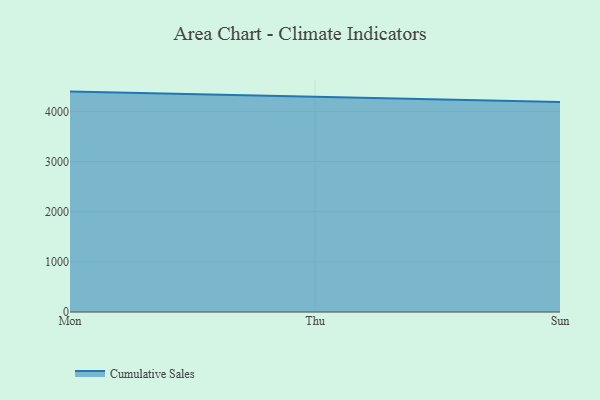
{"axis": {"x": "Day", "y": "Population (Million)"}, "legend": ["Cumulative Sales"], "data": [{"x": "Mon", "y": 4394.3, "type": "Cumulative Sales"}, {"x": "Thu", "y": 4292.3, "type": "Cumulative Sales"}, {"x": "Sun", "y": 4185.1, "type": "Cumulative Sales"}]}